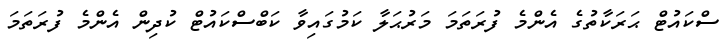
ސްކައުޓް ޙަރަކާތުގެ އެންމެ ފުރަތަމަ މަރުޙަލާ ކަމުގައިވާ ކަބްސްކައުޓް ކުދިން އެންމެ ފުރަތަމަ